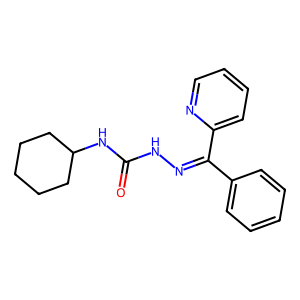
SMILES: O=C(NN=C(c1ccccc1)c1ccccn1)NC1CCCCC1
Inhibits HIV replication: No